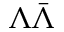
\Lambda \bar { \Lambda }